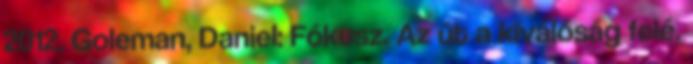
2012. Goleman, Daniel: Fókusz. Az út a kiválóság felé.